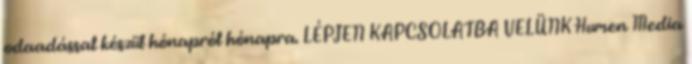
odaadással készül hónapról hónapra. LÉPJEN KAPCSOLATBA VELÜNK Humen Media